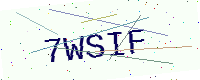
Text: 7WSIF